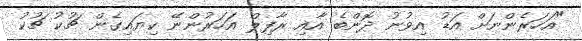
"އަހަރެންނަށް އަޑު އިވުނު ދޮންބެ އާއި ރާފިލް އަހަރުންނޭ ކިޔައިގެން ޗުކު ޗުކު